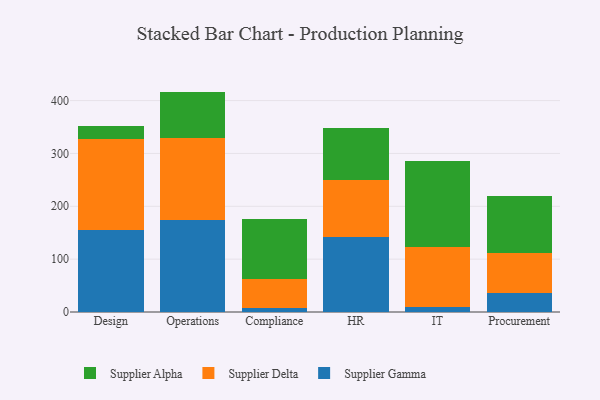
{"axis": {"x": "Department", "y": "Page Views"}, "legend": ["Supplier Alpha", "Supplier Delta", "Supplier Gamma"], "data": [{"x": "Design", "y": 155.8, "type": "Supplier Gamma"}, {"x": "Design", "y": 171.8, "type": "Supplier Delta"}, {"x": "Design", "y": 23.7, "type": "Supplier Alpha"}, {"x": "Operations", "y": 173.7, "type": "Supplier Gamma"}, {"x": "Operations", "y": 156.0, "type": "Supplier Delta"}, {"x": "Operations", "y": 87.3, "type": "Supplier Alpha"}, {"x": "Compliance", "y": 8.5, "type": "Supplier Gamma"}, {"x": "Compliance", "y": 53.0, "type": "Supplier Delta"}, {"x": "Compliance", "y": 114.6, "type": "Supplier Alpha"}, {"x": "HR", "y": 141.0, "type": "Supplier Gamma"}, {"x": "HR", "y": 108.2, "type": "Supplier Delta"}, {"x": "HR", "y": 98.0, "type": "Supplier Alpha"}, {"x": "IT", "y": 9.8, "type": "Supplier Gamma"}, {"x": "IT", "y": 113.9, "type": "Supplier Delta"}, {"x": "IT", "y": 162.1, "type": "Supplier Alpha"}, {"x": "Procurement", "y": 35.9, "type": "Supplier Gamma"}, {"x": "Procurement", "y": 75.8, "type": "Supplier Delta"}, {"x": "Procurement", "y": 108.1, "type": "Supplier Alpha"}]}